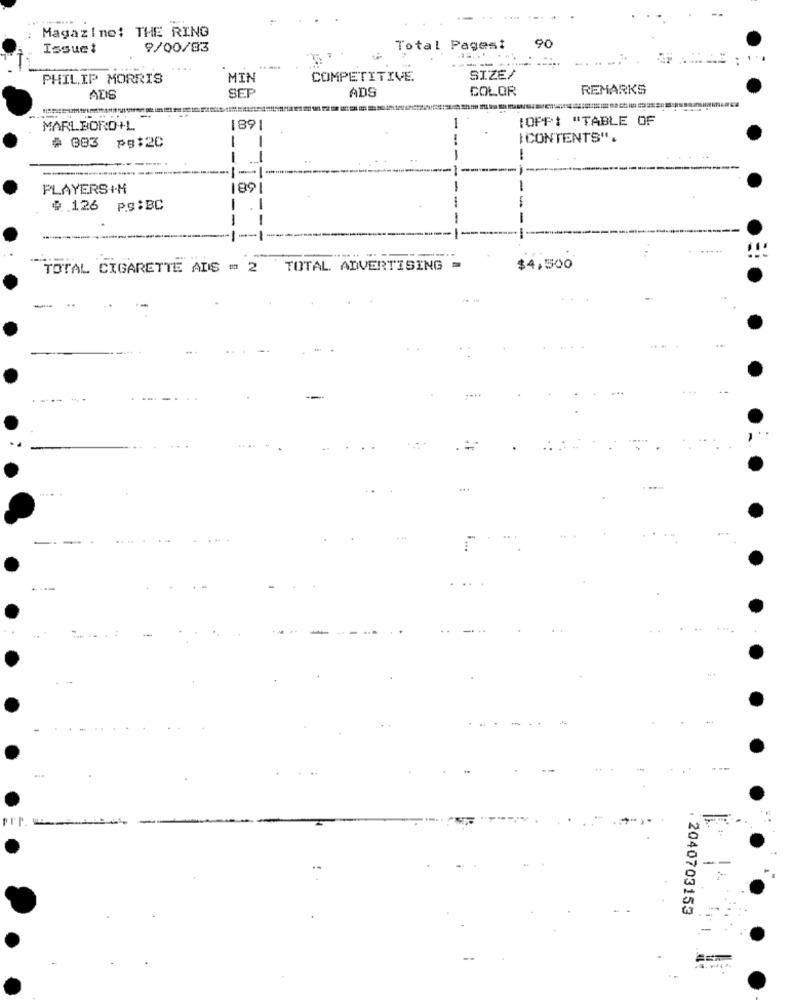
Magazine: THE RING
Issuet
9/00/83
Total Pagest
90
----
PHILIP MORRIS
MIN
COMPETITIVE
SIZE/
SET
COLOR
REMARKS
ADIS
ADS
OPP: "TABLE OF
MARLBORO+L
1891
-
# 383 pg:20
-
CONTENTS".
-
PLAYERSI.H
189
$ 126 p.S:BC
TOTAL CIGARETTE ADS = 2 TOTAL ADVERTISING
$4,500
...
---
. 2040703153